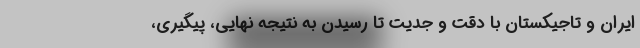
ایران و تاجیکستان با دقت و جدیت تا رسیدن به نتیجه نهایی، پیگیری،